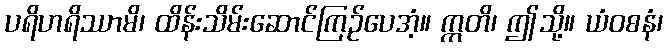
ပရိဟရိဿာမိ၊ ထိန်းသိမ်းဆောင်ကြဉ်ပေအံ့။ ဣတိ၊ ဤသို့။ ယံဝစနံ၊